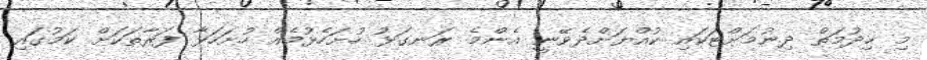
މި ޚިދުމަތް ދިނުމަށްޓަކައި ކުއްޔަށްދެވޭނީ އެންމެ ރަނގަޅު ހުށަހެޅުމެއް ހުށަހަޅާ ފަރާތަކަށް ކަމުގައި